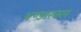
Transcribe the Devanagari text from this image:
भण्डारकार